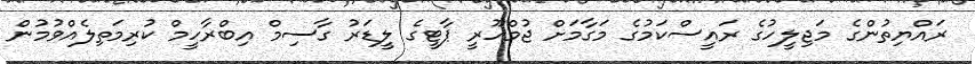
ރައްޔިތުންގެ މަޖިލީހުގެ ރައީސްކަމުގެ މަގާމަށް ޖުމްހޫރީ ޕާޓީގެ ލީޑަރު ގާސިމް އިބްރާހީމް ކުރިމަތިލެއްވުމުން